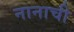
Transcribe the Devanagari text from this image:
नानाची